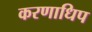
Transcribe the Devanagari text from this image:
करणाधिप